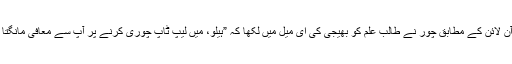
میل آن لائن کے مطابق چور نے طالب علم کو بھیجی کی ای میل میں لکھا کہ ”ہیلو، میں لیپ ٹاپ چوری کرنے پر آپ سے معافی مانگتا ہوں۔